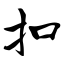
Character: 扣